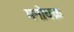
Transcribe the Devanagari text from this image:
मनोचक्र